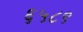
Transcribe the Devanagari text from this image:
६५८९